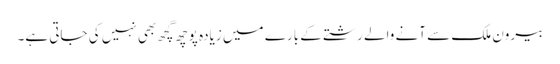
بیرون ملک سے آنے والے رشتے کے بارے میں زیادہ پوچھ گچھ بھی نہیں کی جاتی ہے۔